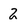
Character: 2